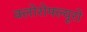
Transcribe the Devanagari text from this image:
क्लोरोफ्ल्यूरो